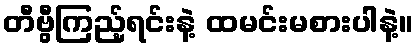
တီဗွီကြည့်ရင်းနဲ့ ထမင်းမစားပါနဲ့။